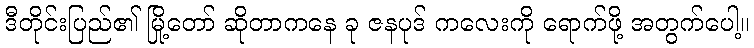
ဒီတိုင်းပြည်၏ မြို့တော် ဆိုတာကနေ ခု ဇနပုဒ် ကလေးကို ရောက်ဖို့ အတွက်ပေါ့။